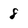
Character: 8